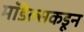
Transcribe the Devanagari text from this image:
मॉडेल्सकडून